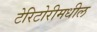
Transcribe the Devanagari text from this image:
टेरिटोरीमधील